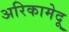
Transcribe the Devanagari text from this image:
अरिकामेदू